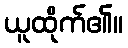
ယူထိုက်၏။